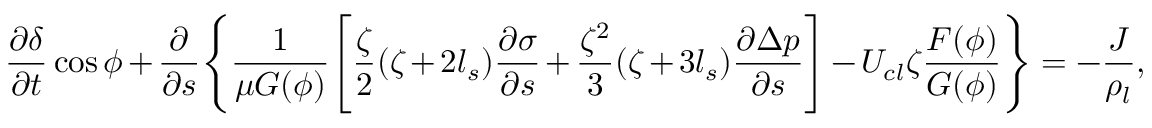
\frac { \partial \delta } { \partial t } \cos \phi + \frac { \partial } { \partial s } \Bigg \{ \frac { 1 } { \mu G ( \phi ) } \Bigg [ \frac { \zeta } { 2 } ( \zeta + 2 l _ { s } ) \frac { \partial \sigma } { \partial s } + \frac { \zeta ^ { 2 } } { 3 } ( \zeta + 3 l _ { s } ) \frac { \partial \Delta p } { \partial s } \Bigg ] - U _ { c l } \zeta \frac { F ( \phi ) } { G ( \phi ) } \Bigg \} = - \frac { J } { \rho _ { l } } ,